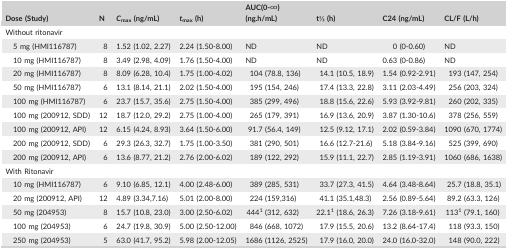
<table><thead><tr><td><b>Dose (Study)</b></td><td><b>N</b></td><td><b><i>C</i><sub>max</sub> (ng/mL)</b></td><td><b><i>t</i><sub>max</sub> (h)</b></td><td><b>AUC(0‐∞) (ng.h/mL)</b></td><td><b>t1⁄2 (h)</b></td><td><b>C24 (ng/mL)</b></td><td><b>CL/F (L/h)</b></td></tr></thead><tbody><tr><td colspan="8">Without ritonavir</td></tr><tr><td>5 mg (HMI116787)</td><td>8</td><td>1.52 (1.02, 2.27)</td><td>2.24 (1.50‐8.00)</td><td>ND</td><td>ND</td><td>0 (0‐0.60)</td><td>ND</td></tr><tr><td>10 mg (HMI116787)</td><td>8</td><td>3.49 (2.98, 4.09)</td><td>1.76 (1.50‐4.00)</td><td>ND</td><td>ND</td><td>0.63 (0‐0.86)</td><td>ND</td></tr><tr><td>20 mg (HMI116787)</td><td>8</td><td>8.09 (6.28, 10.4)</td><td>1.75 (1.00‐4.02)</td><td>104 (78.8, 136)</td><td>14.1 (10.5, 18.9)</td><td>1.54 (0.92‐2.91)</td><td>193 (147, 254)</td></tr><tr><td>50 mg (HMI116787)</td><td>6</td><td>13.1 (8.14, 21.1)</td><td>2.02 (1.50‐4.00)</td><td>195 (154, 246)</td><td>17.4 (13.3, 22.8)</td><td>3.11 (2.03‐4.49)</td><td>256 (203, 324)</td></tr><tr><td>100 mg (HMI116787)</td><td>6</td><td>23.7 (15.7, 35.6)</td><td>2.75 (1.50‐4.00)</td><td>385 (299, 496)</td><td>18.8 (15.6, 22.6)</td><td>5.93 (3.92‐9.81)</td><td>260 (202, 335)</td></tr><tr><td>100 mg (200912, SDD)</td><td>12</td><td>18.7 (12.0, 29.2)</td><td>2.75 (1.00‐4.00)</td><td>265 (179, 391)</td><td>16.9 (13.6, 20.9)</td><td>3.87 (1.30‐10.6)</td><td>378 (256, 559)</td></tr><tr><td>100 mg (200912, API)</td><td>12</td><td>6.15 (4.24, 8.93)</td><td>3.64 (1.50‐6.00)</td><td>91.7 (56.4, 149)</td><td>12.5 (9.12, 17.1)</td><td>2.02 (0.59‐3.84)</td><td>1090 (670, 1774)</td></tr><tr><td>200 mg (200912, SDD)</td><td>6</td><td>29.3 (26.3, 32.7)</td><td>1.75 (1.00‐3.50)</td><td>381 (290, 501)</td><td>16.6 (12.7‐21.6)</td><td>5.18 (3.84‐9.16)</td><td>525 (399, 690)</td></tr><tr><td>200 mg (200912, API)</td><td>6</td><td>13.6 (8.77, 21.2)</td><td>2.76 (2.00‐6.02)</td><td>189 (122, 292)</td><td>15.9 (11.1, 22.7)</td><td>2.85 (1.19‐3.91)</td><td>1060 (686, 1638)</td></tr><tr><td colspan="8">With Ritonavir</td></tr><tr><td>10 mg (HMI116787)</td><td>6</td><td>9.10 (6.85, 12.1)</td><td>4.00 (2.48‐6.00)</td><td>389 (285, 531)</td><td>33.7 (27.3, 41.5)</td><td>4.64 (3.48‐8.64)</td><td>25.7 (18.8, 35.1)</td></tr><tr><td>20 mg (200912, API)</td><td>12</td><td>4.89 (3.34,7.16)</td><td>5.01 (2.00‐8.00)</td><td>224 (159,316)</td><td>41.1 (35.1,48.3)</td><td>2.56 (0.89‐5.64)</td><td>89.2 (63.3, 126)</td></tr><tr><td>50 mg (204953)</td><td>8</td><td>15.7 (10.8, 23.0)</td><td>3.00 (2.50‐6.02)</td><td>444a (312, 632)</td><td>22.1<sup>1</sup> (18.6, 26.3)</td><td>7.26 (3.18‐9.61)</td><td>113a (79.1, 160)</td></tr><tr><td>100 mg (204953)</td><td>6</td><td>24.7 (19.8, 30.9)</td><td>5.00 (2.50‐12.00)</td><td>846 (668, 1072)</td><td>17.9 (15.5, 20.6)</td><td>13.2 (8.64‐17.4)</td><td>118 (93.3, 150)</td></tr><tr><td>250 mg (204953)</td><td>5</td><td>63.0 (41.7, 95.2)</td><td>5.98 (2.00‐12.05)</td><td>1686 (1126, 2525)</td><td>17.9 (16.0, 20.0)</td><td>24.0 (16.0‐32.0)</td><td>148 (90.0, 222)</td></tr></tbody></table>